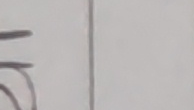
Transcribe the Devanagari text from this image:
५